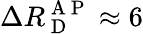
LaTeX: \Delta R_{\mathrm{~D~}}^{\mathrm{~A~P~}}\approx 6